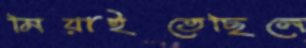
মিয়াইতেছিলে